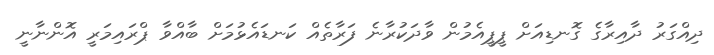
ދިއްގަރު ދާއިރާގެ ގޮނޑިއަށް ޕީޕީއެމުން ވާދަކުރާނެ ފަރާތެއް ކަނޑައެޅުމަށް ބާއްވާ ޕްރައިމަރީ އޮންނާނީ